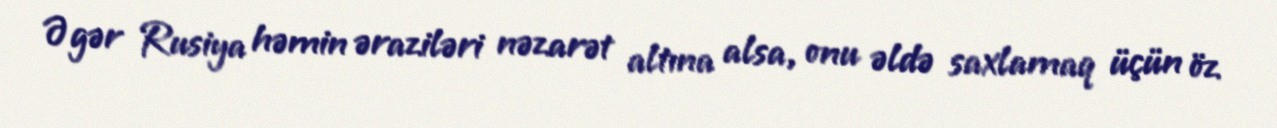
Əgər Rusiya həmin əraziləri nəzarət altına alsa, onu əldə saxlamaq üçün öz